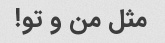
مثل من و تو!